Report of the Indian Hemp Drugs Commission, 1894-1895 - Volume VII
Year: 1894
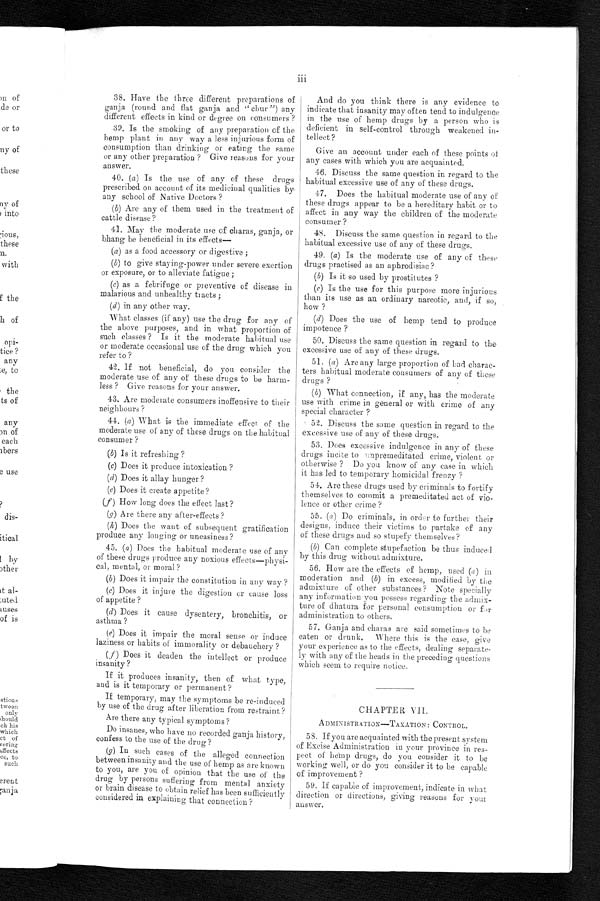
iii
38. Have the three different preparations of
ganja (round and flat ganja and "chur") any
different effects in kind or degree on consumers?
39. Is the smoking of any preparation of the
hemp plant in any way a less injurious form of
consumption than drinking or eating the same
or any other preparation? Give reasons for your
answer.
40. ( a ) Is the use of any of these drugs
prescribed on account of its medicinal qualities by
any school of Native Doctors?
(b) Are any of them used in the treatment of
cattle disease?
41. May the moderate use of charas, ganja, or
bhang be beneficial in its effects—
( a ) as a food accessory or digestive;
(b) to give staying-power under severe exertion
or exposure, or to alleviate fatigue;
(c) as a febrifuge or preventive of disease in
malarious and unhealthy tracts;
(d) in any other way.
What classes (if any) use the drug for any of
the above purposes, and in what proportion of
such classes? Is it the moderate habitual use
or moderate occasional use of the drug which you
refer to?
42. If not beneficial, do you consider the
moderate use of any of these drugs to be harm-
less? Give reasons for your answer.
43. Are moderate consumers inoffensive to their
neighbours?
44. ( a ) What is the immediate effect of the
moderate use of any of these drugs on the habitual
consumer?
( b ) Is it refreshing?
(c) Does it produce intoxication?
( d ) Does it allay hunger?
(e) Does it create appetite?
(f ) How long does the effect last?
(g ) Are there any after-effects?
(h ) Does the want of subsequent gratification
produce any longing or uneasiness?
45. ( a ) Does the habitual moderate use of any
of these drugs produce any noxious effects—physi-
cal, mental, or moral?
(b) Does it impair the constitution in any way?
(c) Does it injure the digestion or cause loss
of appetite?
(d) Does it cause dysentery, bronchitis, or
asthma?
(e) Does it impair the moral sense or induce
laziness or habits of immorality or debauchery?
(f) Does it deaden the intellect or produce
insanity?
If it produces insanity, then of what type,
and is it temporary or permanent?
If temporary, may the symptoms be re-induced
by use of the drug after liberation from restraint?
Are there any typical symptoms?
Do insanes, who have no recorded ganja history,
confess to the use of the drug?
(g) In such cases of the alleged connection
between insanity and the use of hemp as are known
to you, are you of opinion that the use of the
drug by persons suffering from mental anxiety
or brain disease to obtain relief has been sufficiently
considered in explaining that connection?
And do you think there is any evidence to
indicate that insanity may often tend to indulgence
in the use of hemp drugs by a person who is
deficient in self-control through weakened in-
tellect?
Give an account under each of these points of
any cases with which you are acquainted.
46. Discuss the same question in regard to the
habitual excessive use of any of these drugs.
47. Does the habitual moderate use of any of
these drugs appear to be a hereditary habit or to
affect in any way the children of the moderate
consumer?
48. Discuss the same question in regard to the
habitual excessive use of any of these drugs.
49. (a ) Is the moderate use of any of these
drugs practised as an aphrodisiac?
(b) Is it so used by prostitutes?
(c) Is the use for this purpose more injurious
than its use as an ordinary narcotic, and, if so,
how?
(d) Does the use of hemp tend to produce
impotence?
50. Discuss the same question in regard to the
excessive use of any of these drugs.
51. ( a ) Are any large proportion of bad charac-
ters habitual moderate consumers of any of these
drugs?
(b) What connection, if any, has the moderate
use with crime in general or with crime of any
special character?
52. Discuss the same question in regard to the
excessive use of any of these drugs.
53. Does excessive indulgence in any of these
drugs incite to unpremeditated crime, violent or
otherwise? Do you know of any case in which
it has led to temporary homicidal frenzy?
54. Are these drugs used by criminals to fortify
themselves to commit a premeditated act of vio-
lence or other crime?
55. (a ) Do criminals, in order to further their
designs, induce their victims to partake of any
of these drugs and so stupefy themselves?
( b) Can complete stupefaction be thus induced
by this drug without admixture.
56. How are the effects of hemp, used (a ) in
moderation and ( b ) in excess, modified by the
admixture of other substances? Note specially
any information you possess regarding the admix-
ture of dhatura for personal consumption or for
administration to others.
57. Ganja and charas are said sometimes to be
eaten or drunk. Where this is the case, give
your experience as to the effects, dealing separate-
ly with any of the heads in the preceding questions
which seem to require notice.
CHAPTER VII.
ADMINISTRATION—TAXATION: CONTROL.
58. If you are acquainted with the present system
of Excise Administration in your province in res-
pect of hemp drugs, do you consider it to be
working well, or do you consider it to be capable
of improvement?
59. If capable of improvement, indicate in what
direction or directions, giving reasons for your
answer.